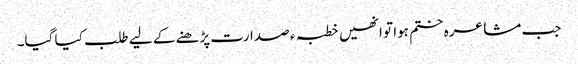
جب مشاعرہ ختم ہوا تو انھیں خطبہ ء صدارت پڑھنے کے لیے طلب کیا گیا۔